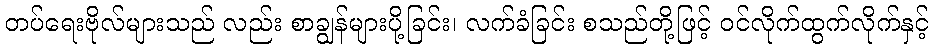
တပ်ရေးဗိုလ်များသည် လည်း စာချွန်များပို့ခြင်း၊ လက်ခံခြင်း စသည်တို့ဖြင့် ဝင်လိုက်ထွက်လိုက်နှင့်